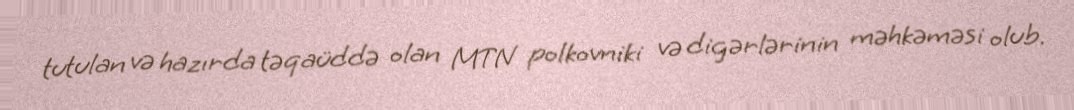
tutulan və hazırda təqaüddə olan MTN polkovniki və digərlərinin məhkəməsi olub.